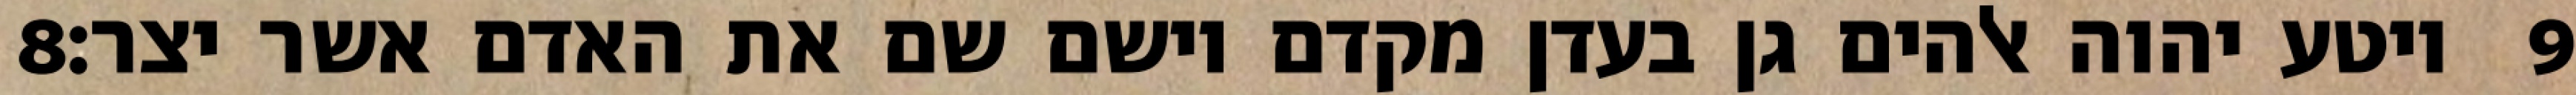
‎8‏ ויטע יהוה אלהים גן בעדן מקדם וישם שם את האדם אשר יצר׃ ‎9‏